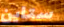
ستاين